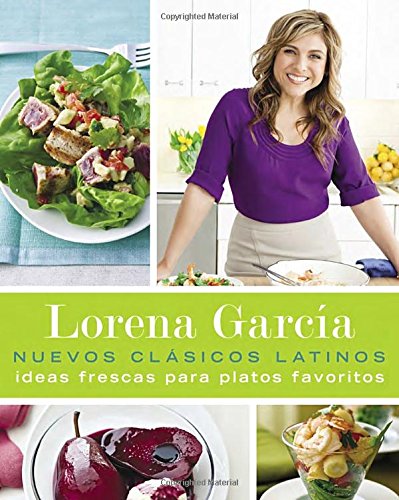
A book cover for Nuevos ClÃ¡sicos Latinos: Ideas frescas para platos favoritos (Spanish Edition); Lorena GarcÃ­a; Cookbooks, Food & Wine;